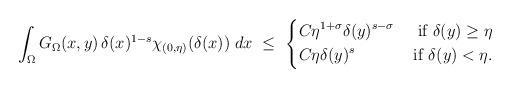
LaTeX: \begin{align*}\int_\Omega G_\Omega(x,y)\,\delta(x)^{1-s}\chi_{(0,\eta)}(\delta(x))\;dx\ \leq\ \left\lbrace\begin{aligned}& C\eta^{1+\sigma}\delta(y)^{s-\sigma} & \hbox{ if }\delta(y)\geq\eta \\& C\eta\delta(y)^s & \hbox{ if }\delta(y)<\eta.\end{aligned}\right.\end{align*}